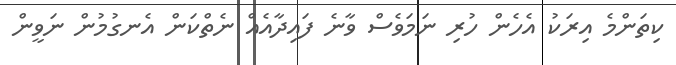
ކިތަންމެ އިރަކު އެހެން ހުރި ނަމަވެސް ވާނެ ފައިދާއެއް ނެތްކަން އެނގުމުން ނަވީން